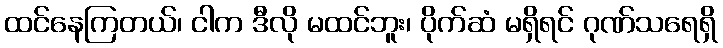
ထင်နေကြတယ်၊ ငါက ဒီလို မထင်ဘူး၊ ပိုက်ဆံ မရှိရင် ဂုဏ်သရေရှိ